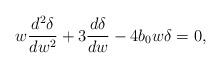
LaTeX: \begin{align*}w\frac{d^2 \delta}{d w^2}+3\frac{d\delta}{dw}-4 b_{0}w \delta=0,\end{align*}